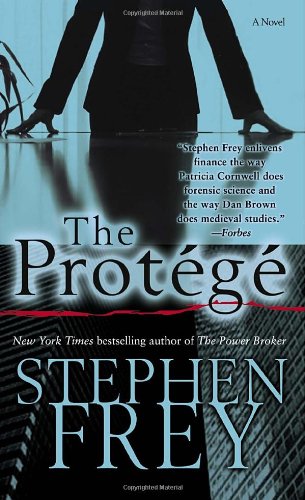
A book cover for The ProtÃ©gÃ©: A Novel; Stephen Frey; Mystery, Thriller & Suspense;